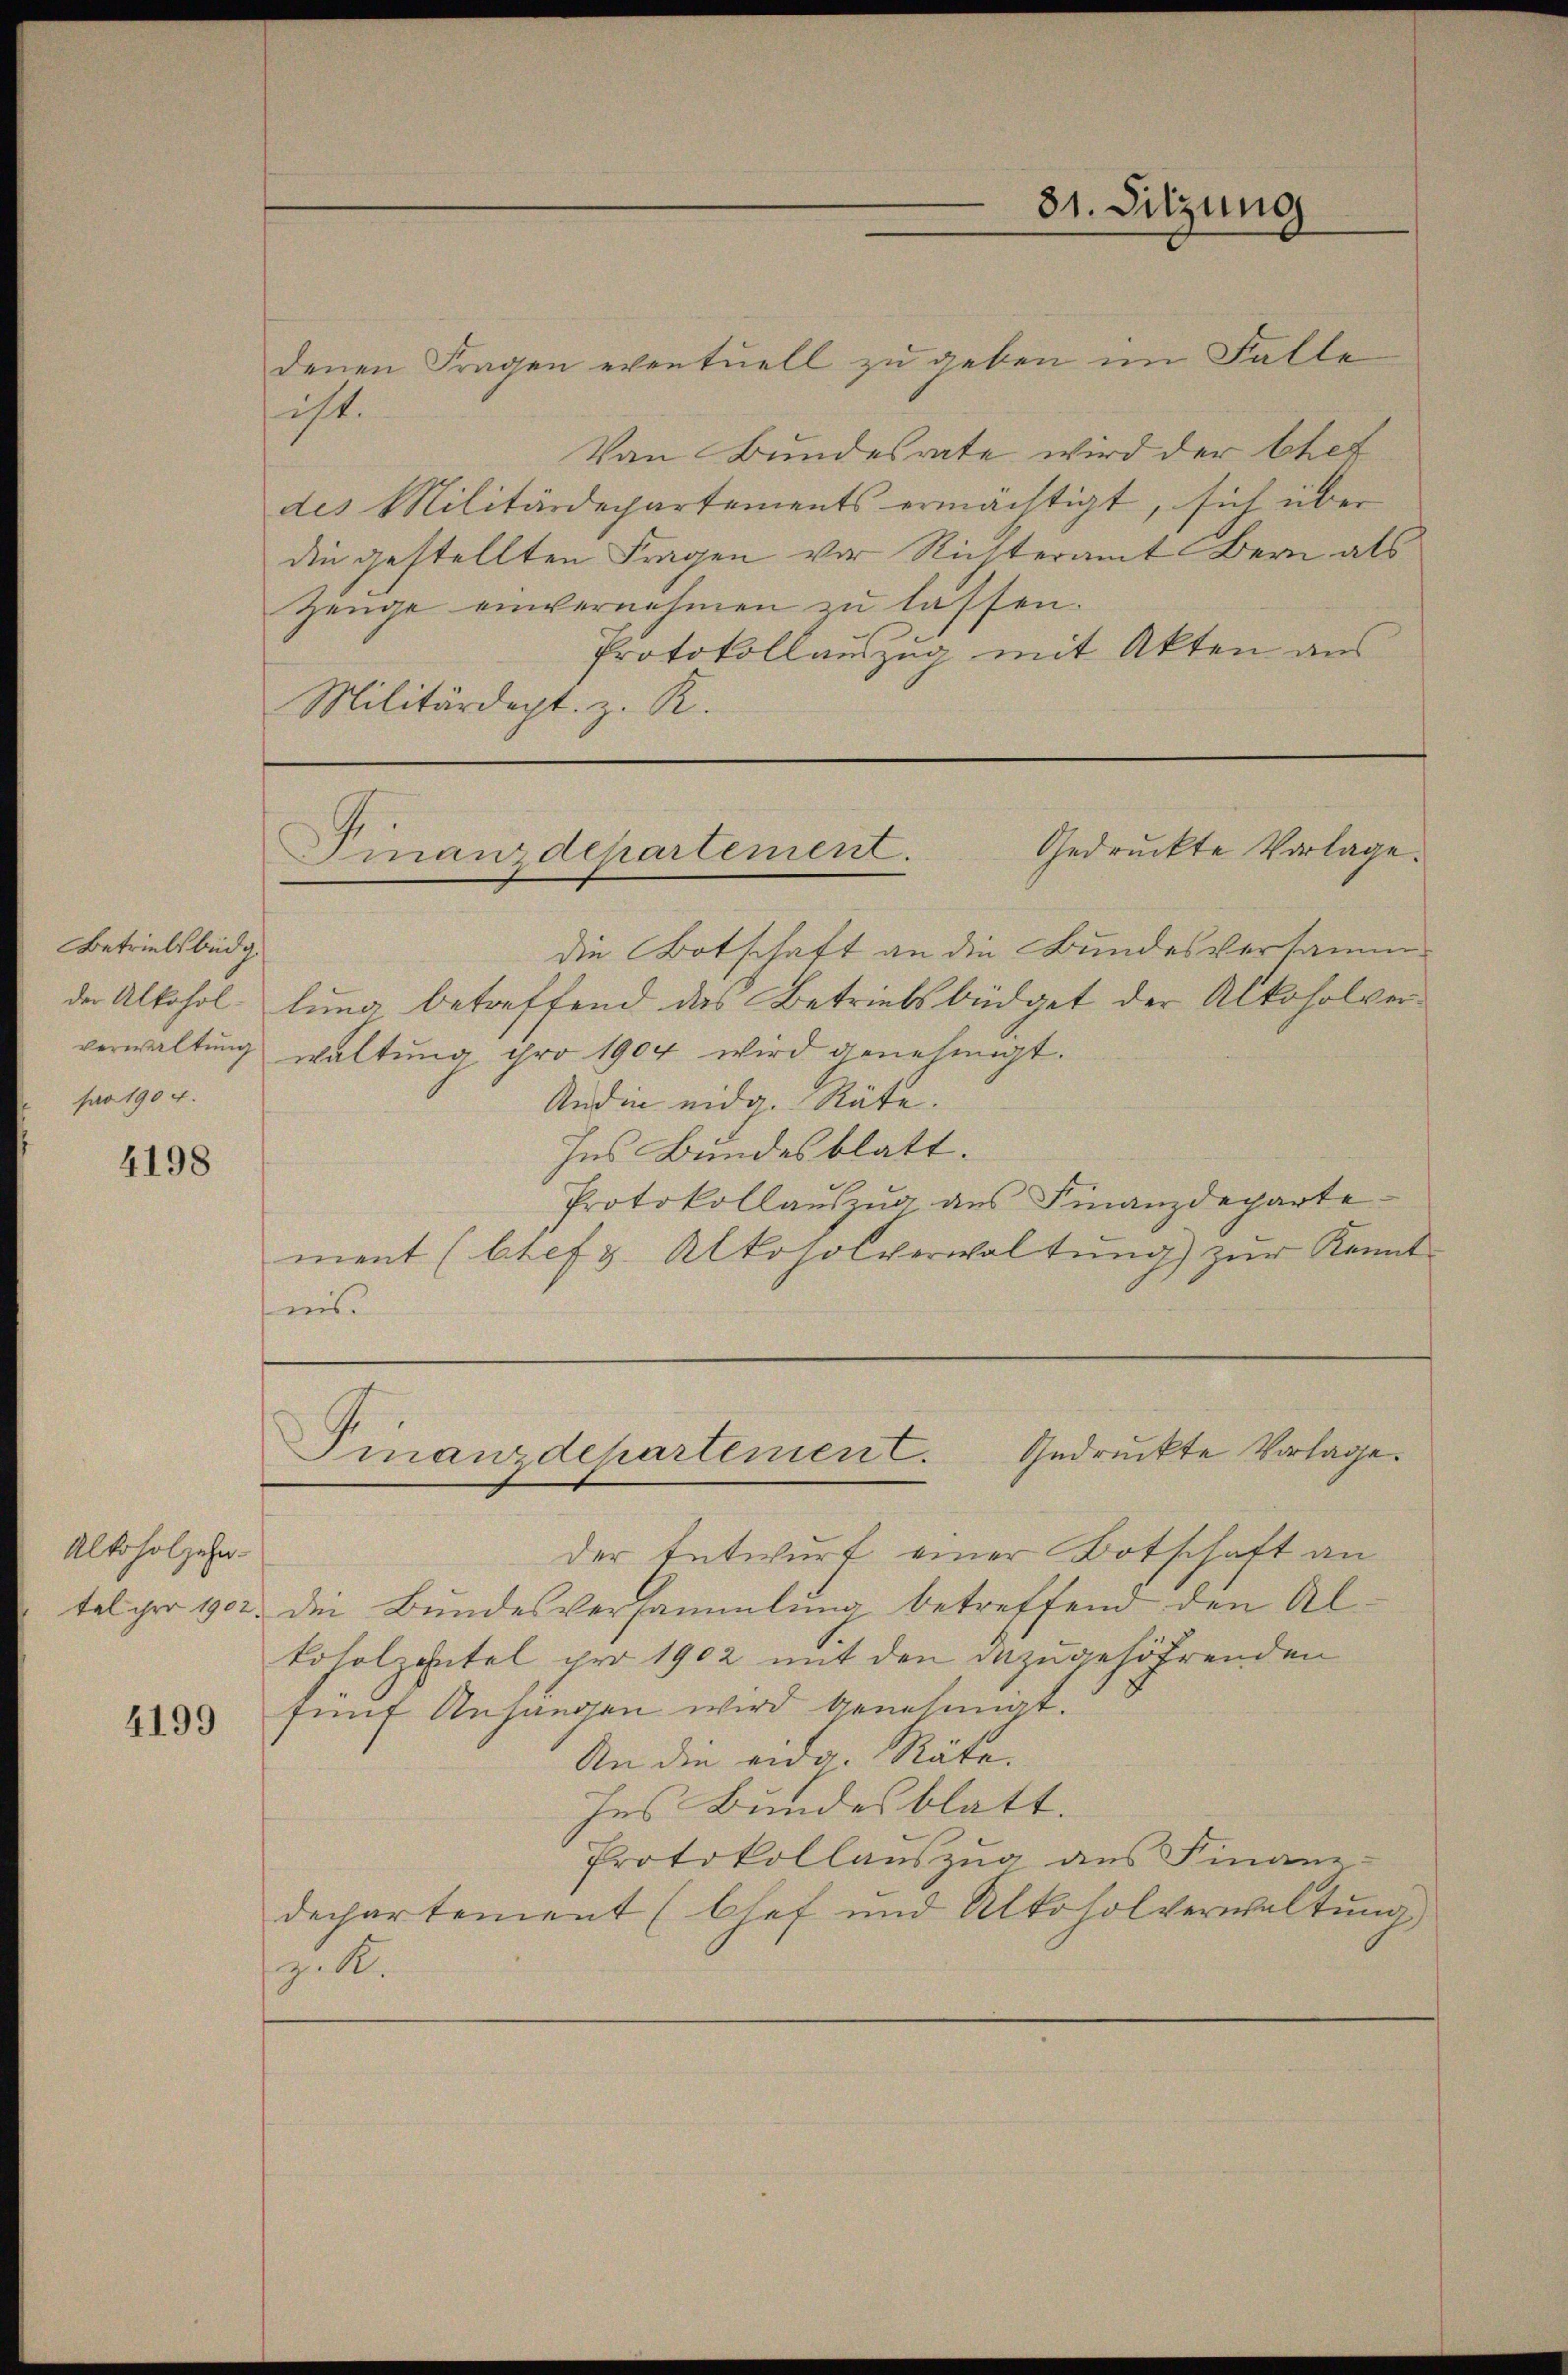
Betriebsbüdg.
sao 1904.

4198

Alkoholzehn-
tel ihre 1902.

4199

denen Fragen eventuell zu geben im Falle
sicht.
Von Bundesrate wird der Ehet
des Militärdepartements ermächtigt, sich über
die gestellten Fragen vor Richteramt Bern als
Zeuge einvernehmen zu lassen.
Protokollauszug mit Akten aus
Militärdept. z. R.

die Botschaft an die Bundesversammder Alkohol, lung betreffend das Betriebsbüdget der Alkoholververwaltung waltung pro 1904 wird genehmigt.
Andin eidg. Räte.
Ins Bundesblatt.
Protokollauszug aus Finanzdeparte
ment (btefz. Alkosolverwaltŭng zŭr Kennt-
ins.

der Entwurf einer Botschaft an
die Bundesversammlung betreffend den Al¬
Loholzentel pro 1902 mit den dazugehöhrenden
fünf Anhangen wird genehmigt.
An die eide Räte.
Ins Bundesblatt.
Protokollauszug aus Finanz-
dechartement (Chef und Alkoholverwaltung,
z. R.

31. Sitzung

Gedruckte Vorlage.
Finanzdepartement.

Finanzdepartement. Gedruckte Vorlage.